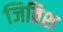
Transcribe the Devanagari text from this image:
जिविश